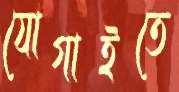
যোগাইতে